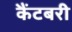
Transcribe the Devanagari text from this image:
कैंटबरी